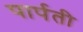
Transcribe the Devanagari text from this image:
पार्पती